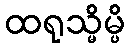
ထရုသ္မိမ္ပိ